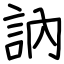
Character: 訥